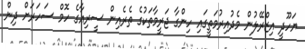
ޔަހޫދީ އިޒްރޭލުން މެދުއިރުމަތީގައި ހިންގާ ޖަރީމާތަކުގެ ތެރެއިން ސީރިއާގެ ހޮމް ސަހަރަށް ދިން